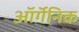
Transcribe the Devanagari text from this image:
ऑर्गॅनिक